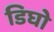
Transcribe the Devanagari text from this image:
डिघो